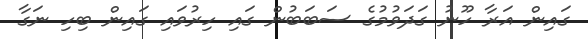
ގައިން އަރާ ހޫނު ގަދަވުމުގެ ސަބަބުން ގައި ހިރުވައި ގައިން ބިހި ނަގާ